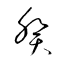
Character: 癸